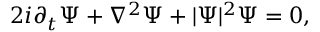
2 i \partial _ { t } \Psi + \nabla ^ { 2 } \Psi + | \Psi | ^ { 2 } \Psi = 0 ,